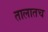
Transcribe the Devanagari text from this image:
तालातच